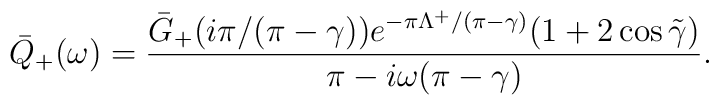
\bar{Q}_+(\omega)=\frac{\bar{G}_+(i\pi/(\pi-\gamma))e^{-\pi\Lambda^+/(\pi-\gamma)}(1+2\cos\tilde{\gamma})}{\pi-i\omega(\pi-\gamma)}.